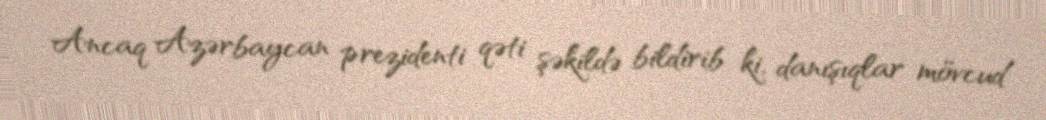
Ancaq Azərbaycan prezidenti qəti şəkildə bildirib ki, danışıqlar mövcud